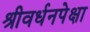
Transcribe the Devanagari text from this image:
श्रीवर्धनपेक्षा